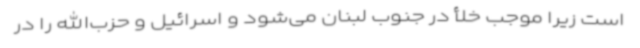
است زیرا موجب خلأ در جنوب لبنان می‌شود و اسرائیل و حزب‌الله را در